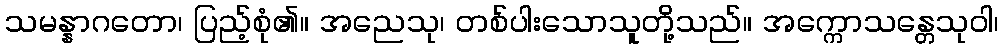
သမန္နာဂတော၊ ပြည့်စုံ၏။ အညေသု၊ တစ်ပါးသောသူတို့သည်။ အက္ကောသန္တေသုဝါ၊